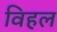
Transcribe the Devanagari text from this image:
विहल